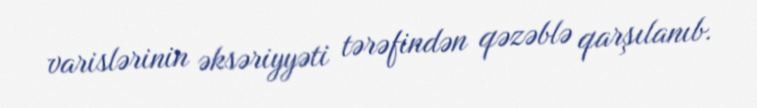
varislərinin əksəriyyəti tərəfindən qəzəblə qarşılanıb.